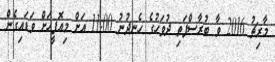
މާރިޗު 2016 ވާ ބުރާސްފަތި ދުވަހުގެ ހެނދުނު 11:00 އަށް މިއޮފީހަށް ވަޑައިގެން